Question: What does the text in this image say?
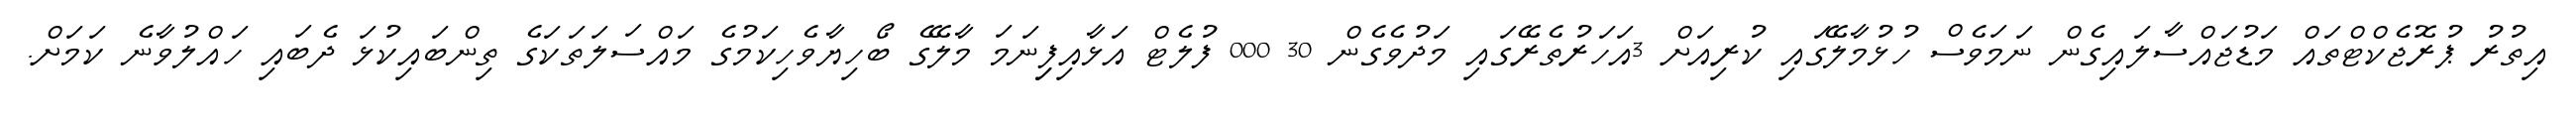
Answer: އިތުރު ޕުރޮޖެކްޓްތައް މަޑުޖައްސާލައިގެން ނަމަވެސް ހުޅުމާލޭގައި ކުރިއަށް 3އަހަރުތެރޭގައި މަދުވެގެން 30 000 ފުލެޓް އަޅާއިފިިނަމަ މާލޭގެ ބޯހިޔާވެހިކަމުގެ މައްސަލަތަކަގެ ތިންބައިކުޅަ ދެބައި ހައްލުވާނެ ކަމަށް.